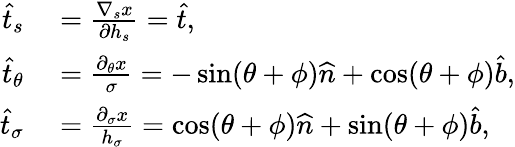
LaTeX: \begin{array}{rl}{\widehat{t}_{s}}&{{}=\frac{\nabla_{s}x}{\partial h_{s}}=\widehat{t},}\\ {\widehat{t}_{\theta}}&{{}=\frac{\partial_{\theta}x}{\sigma}=-\sin(\theta+\phi)\widehat{n}+\cos(\theta+\phi)\widehat{b},}\\ {\widehat{t}_{\sigma}}&{{}=\frac{\partial_{\sigma}x}{h_{\sigma}}=\cos(\theta+\phi)\widehat{n}+\sin(\theta+\phi)\widehat{b},}\end{array}